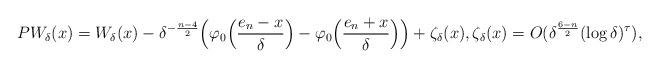
LaTeX: \begin{align*} PW_{\delta}(x)&=W_{\delta}(x)-\delta^{-\frac{n-4}{2}}\Big(\varphi_0\Big(\frac{e_n-x}{\delta}\Big)-\varphi_0\Big(\frac{e_n+x}{\delta}\Big)\Big)+\zeta_\delta(x),\zeta_\delta(x)=O(\delta^{\frac{6-n}{2}}(\log \delta)^\tau),\end{align*}